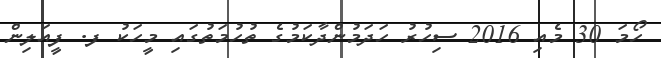
ހޯމަ 30 މެއި 2016 ސިހުރު ހަދަމުންދާކަމުގެ ތުހުމަތުގައި މީހަކު ފ. ފީއަލިން